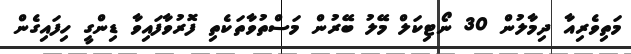
މަތިވެރިއާ ދިމާލުން 30 ނޯޓިކަލް މޭލު ބޭރުން މަސްތުވާތަކެތި ފޮރުވާފައިވާ ޑިންގީ ހިފައިގެން